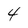
Character: 4